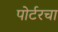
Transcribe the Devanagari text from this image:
पोर्टरचा